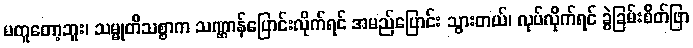
မတူတော့ဘူး၊ သမ္မုတိသစ္စာက သဏ္ဌာန်ပြောင်းလိုက်ရင် အမည်ပြောင်း သွားတယ်၊ လုပ်လိုက်ရင် ခွဲခြမ်းစိတ်ဖြာ